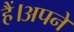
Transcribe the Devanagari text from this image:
हैं।अपने